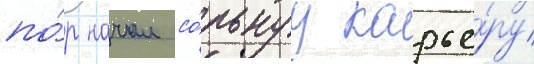
по́р начал со́льнуу карье́ру